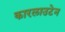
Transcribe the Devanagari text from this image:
कारलाउटेन